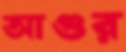
আগুর